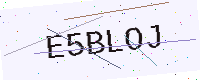
Text: E5BLOJ